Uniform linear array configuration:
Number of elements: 24
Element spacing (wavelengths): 0.75
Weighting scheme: uniform
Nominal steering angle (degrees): -45
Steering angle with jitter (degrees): -46.236
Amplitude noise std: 0.05
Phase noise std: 0.05

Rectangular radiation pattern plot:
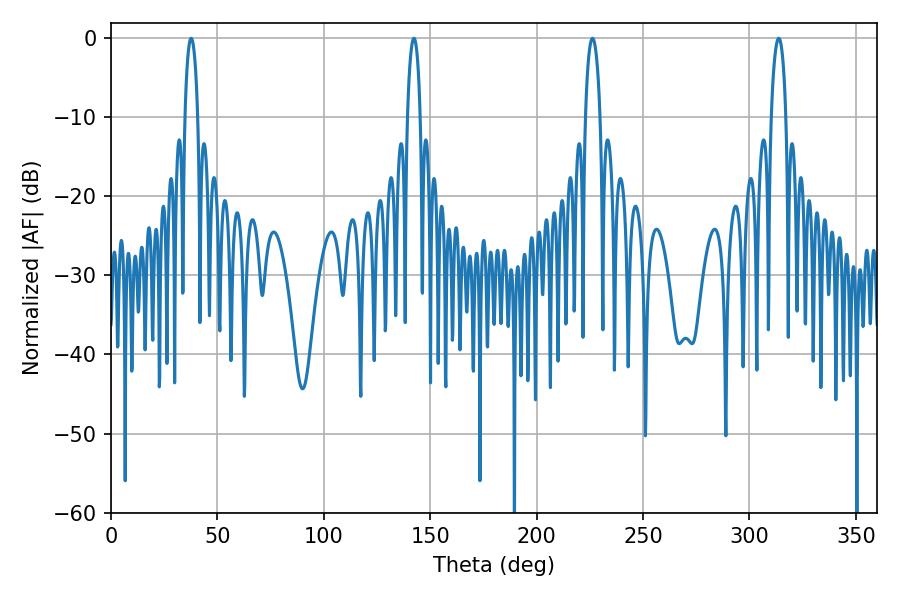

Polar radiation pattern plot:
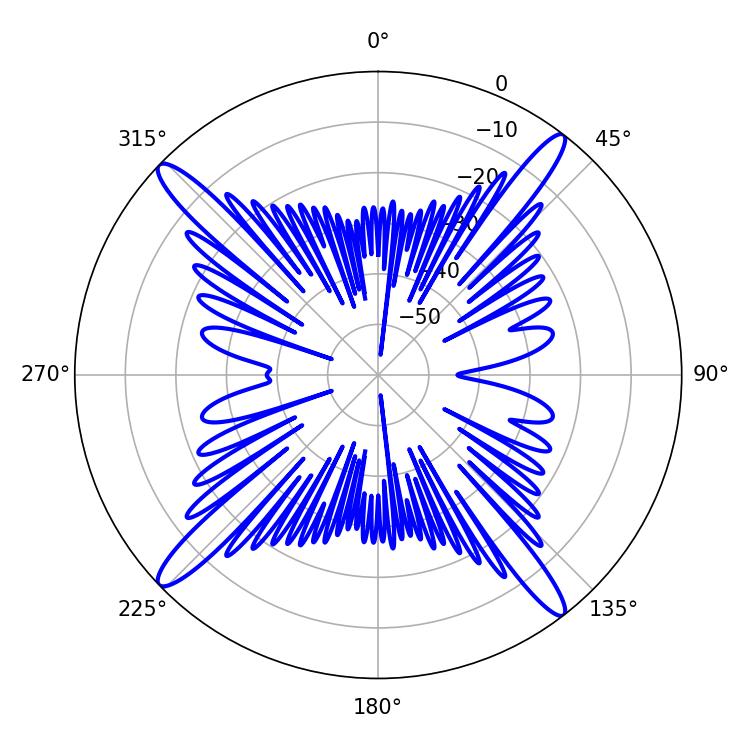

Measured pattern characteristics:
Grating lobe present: TRUE
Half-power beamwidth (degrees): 3.96
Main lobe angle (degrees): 313.74